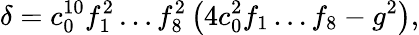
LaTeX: \delta=c_{0}^{10}f_{1}^{2}\dots f_{8}^{2}\left(4c_{0}^{2}f_{1}\dots f_{8}-g^{2}\right),